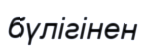
бүлігінен